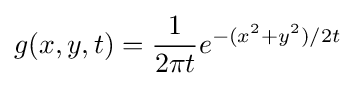
g(x,y,t)={\frac {1}{2\pi t}}e^{-(x^{2}+y^{2})/2t}